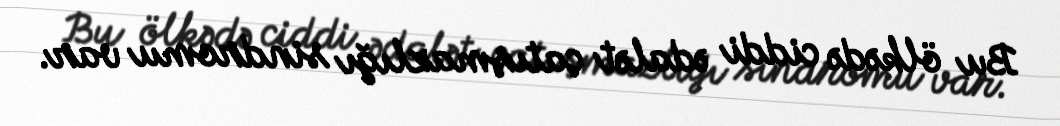
Bu ölkədə ciddi ədalət çatışmazlığı sindromu var.